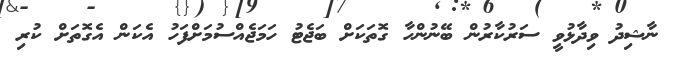
ނާޝިދު ވިދާޅުވީ ސަރުކާރުން ބޭނުންހާ ގޮތަކަށް ބަޖެޓު ހަމަޖެއްސުމަށްފަހު އެކަން އެގޮތަށް ކުރި